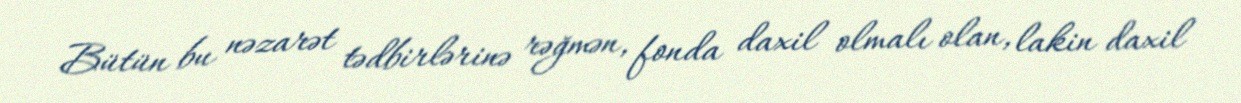
Bütün bu nəzarət tədbirlərinə rəğmən, fonda daxil olmalı olan, lakin daxil